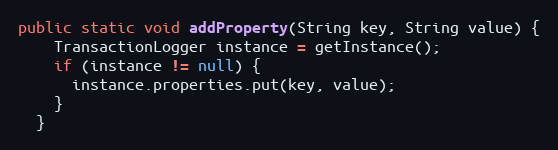
Language: Java
public static void addProperty(String key, String value) {
    TransactionLogger instance = getInstance();
    if (instance != null) {
      instance.properties.put(key, value);
    }
  }